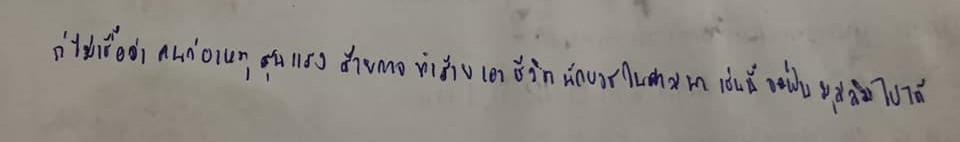
ก็ไม่เชื่อว่าคนก่อเหตุรุนแรงร้ายกาจทำร้ายเอาชีวิตนักบวชในศาสนาเช่นนี้จะเป็นมุสลิมไปได้